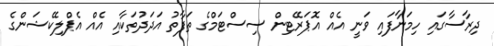
ދިރާސާގައި ހިމަނާފައި ވަނީ އެއް އޮޕަރޭޓިން ސިސްޓަމްގެ ތަފާތު އަދަދުތަކާއި އެއް އެޕްލިކޭޝަންގެ